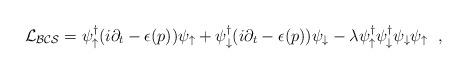
LaTeX: \begin{align*}{\cal L_{BCS}} = \psi^\dagger_\uparrow (i \partial_t - \epsilon (p))\psi_\uparrow + \psi^\dagger_\downarrow (i \partial_t - \epsilon (p))\psi_\downarrow - \lambda \psi^\dagger_\uparrow \psi^\dagger_\downarrow\psi_\downarrow \psi_\uparrow \, \, \, \, ,\end{align*}